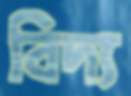
বিদ্য